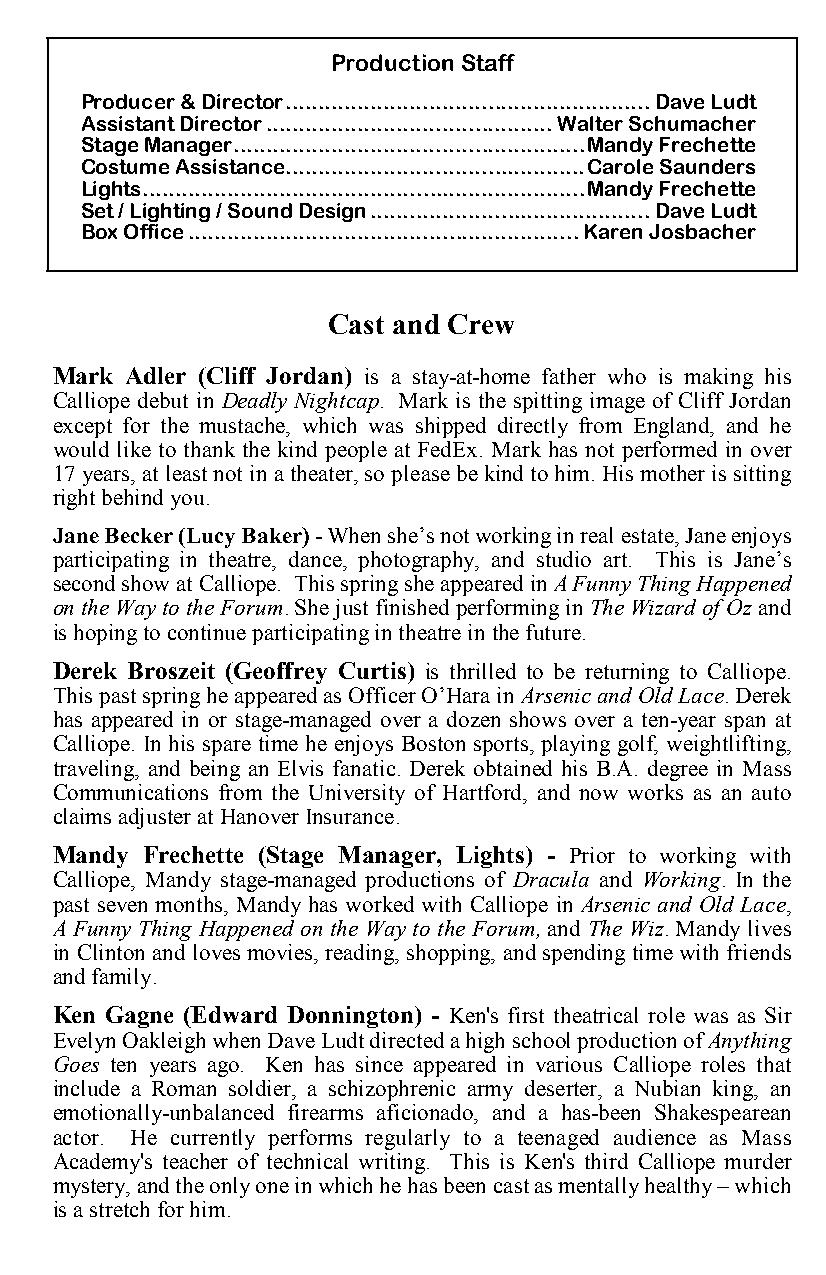
Production Staff
 Producer & Director........................................................Dave Ludt
 Assistant Director............................................Walter Schumacher
 Stage Manager......................................................Mandy Frechette
 Costume Assistance..............................................Carole Saunders
 Lights....................................................................Mandy Frechette
 Set / Lighting / Sound Design...........................................Dave Ludt
 Box Office............................................................Karen Josbacher
 Cast and Crew
 Mark Adler (Cliff Jordan) is a stay-at-home father who is making his
 Calliope debut in Deadly Nightcap. Mark is the spitting image of Cliff Jordan
 except for the mustache, which was shipped directly from England, and he
 would like to thank the kind people at FedEx. Mark has not performed in over
 17 years, at least not in a theater, so please be kind to him. His mother is sitting
 right behind you.
 Jane Becker (Lucy Baker) - When she’s not working in real estate, Jane enjoys
 participating in theatre, dance, photography, and studio art. This is Jane’s
 second show at Calliope. This spring she appeared in A Funny Thing Happened
 on the Way to the Forum. She just finished performing in The Wizard of Oz and
 is hoping to continue participating in theatre in the future.
 Derek Broszeit (Geoffrey Curtis) is thrilled to be returning to Calliope.
 This past spring he appeared as Officer O’Hara in Arsenic and Old Lace. Derek
 has appeared in or stage-managed over a dozen shows over a ten-year span at
 Calliope. In his spare time he enjoys Boston sports, playing golf, weightlifting,
 traveling, and being an Elvis fanatic. Derek obtained his B.A. degree in Mass
 Communications from the University of Hartford, and now works as an auto
 claims adjuster at Hanover Insurance.
 Mandy Frechette (Stage Manager, Lights) - Prior to working with
 Calliope, Mandy stage-managed productions of Dracula and Working. In the
 past seven months, Mandy has worked with Calliope in Arsenic and Old Lace,
 A Funny Thing Happened on the Way to the Forum, and The Wiz. Mandy lives
 in Clinton and loves movies, reading, shopping, and spending time with friends
 and family.
 Ken Gagne (Edward Donnington) - Ken's first theatrical role was as Sir
 Evelyn Oakleigh when Dave Ludt directed a high school production of Anything
 Goes ten years ago. Ken has since appeared in various Calliope roles that
 include a Roman soldier, a schizophrenic army deserter, a Nubian king, an
 emotionally-unbalanced firearms aficionado, and a has-been Shakespearean
 actor. He currently performs regularly to a teenaged audience as Mass
 Academy's teacher of technical writing. This is Ken's third Calliope murder
 mystery, and the only one in which he has been cast as mentally healthy – which
 is a stretch for him.